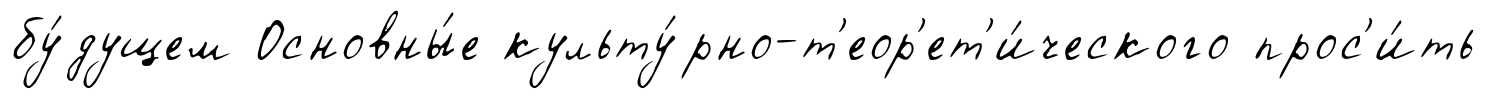
бу́дущем Основны́е культу́рно-т'еор'ет'и́ческого прос'и́ть